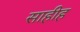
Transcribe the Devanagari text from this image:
साहीह